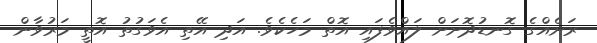
ރަށެއްގެ ގޮނޑުދޮށަށް ލައްވެފައި އޮތް މަހެކެވެ. އަދި އޭތި އެވަގުތު އޮތީ މަރުވާން